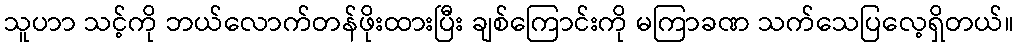
သူပာာ သင့်ကို ဘယ်လောက်တန်ဖိုးထားပြီး ချစ်ကြောင်းကို မကြာခဏ သက်သေပြလေ့ရှိတယ်။